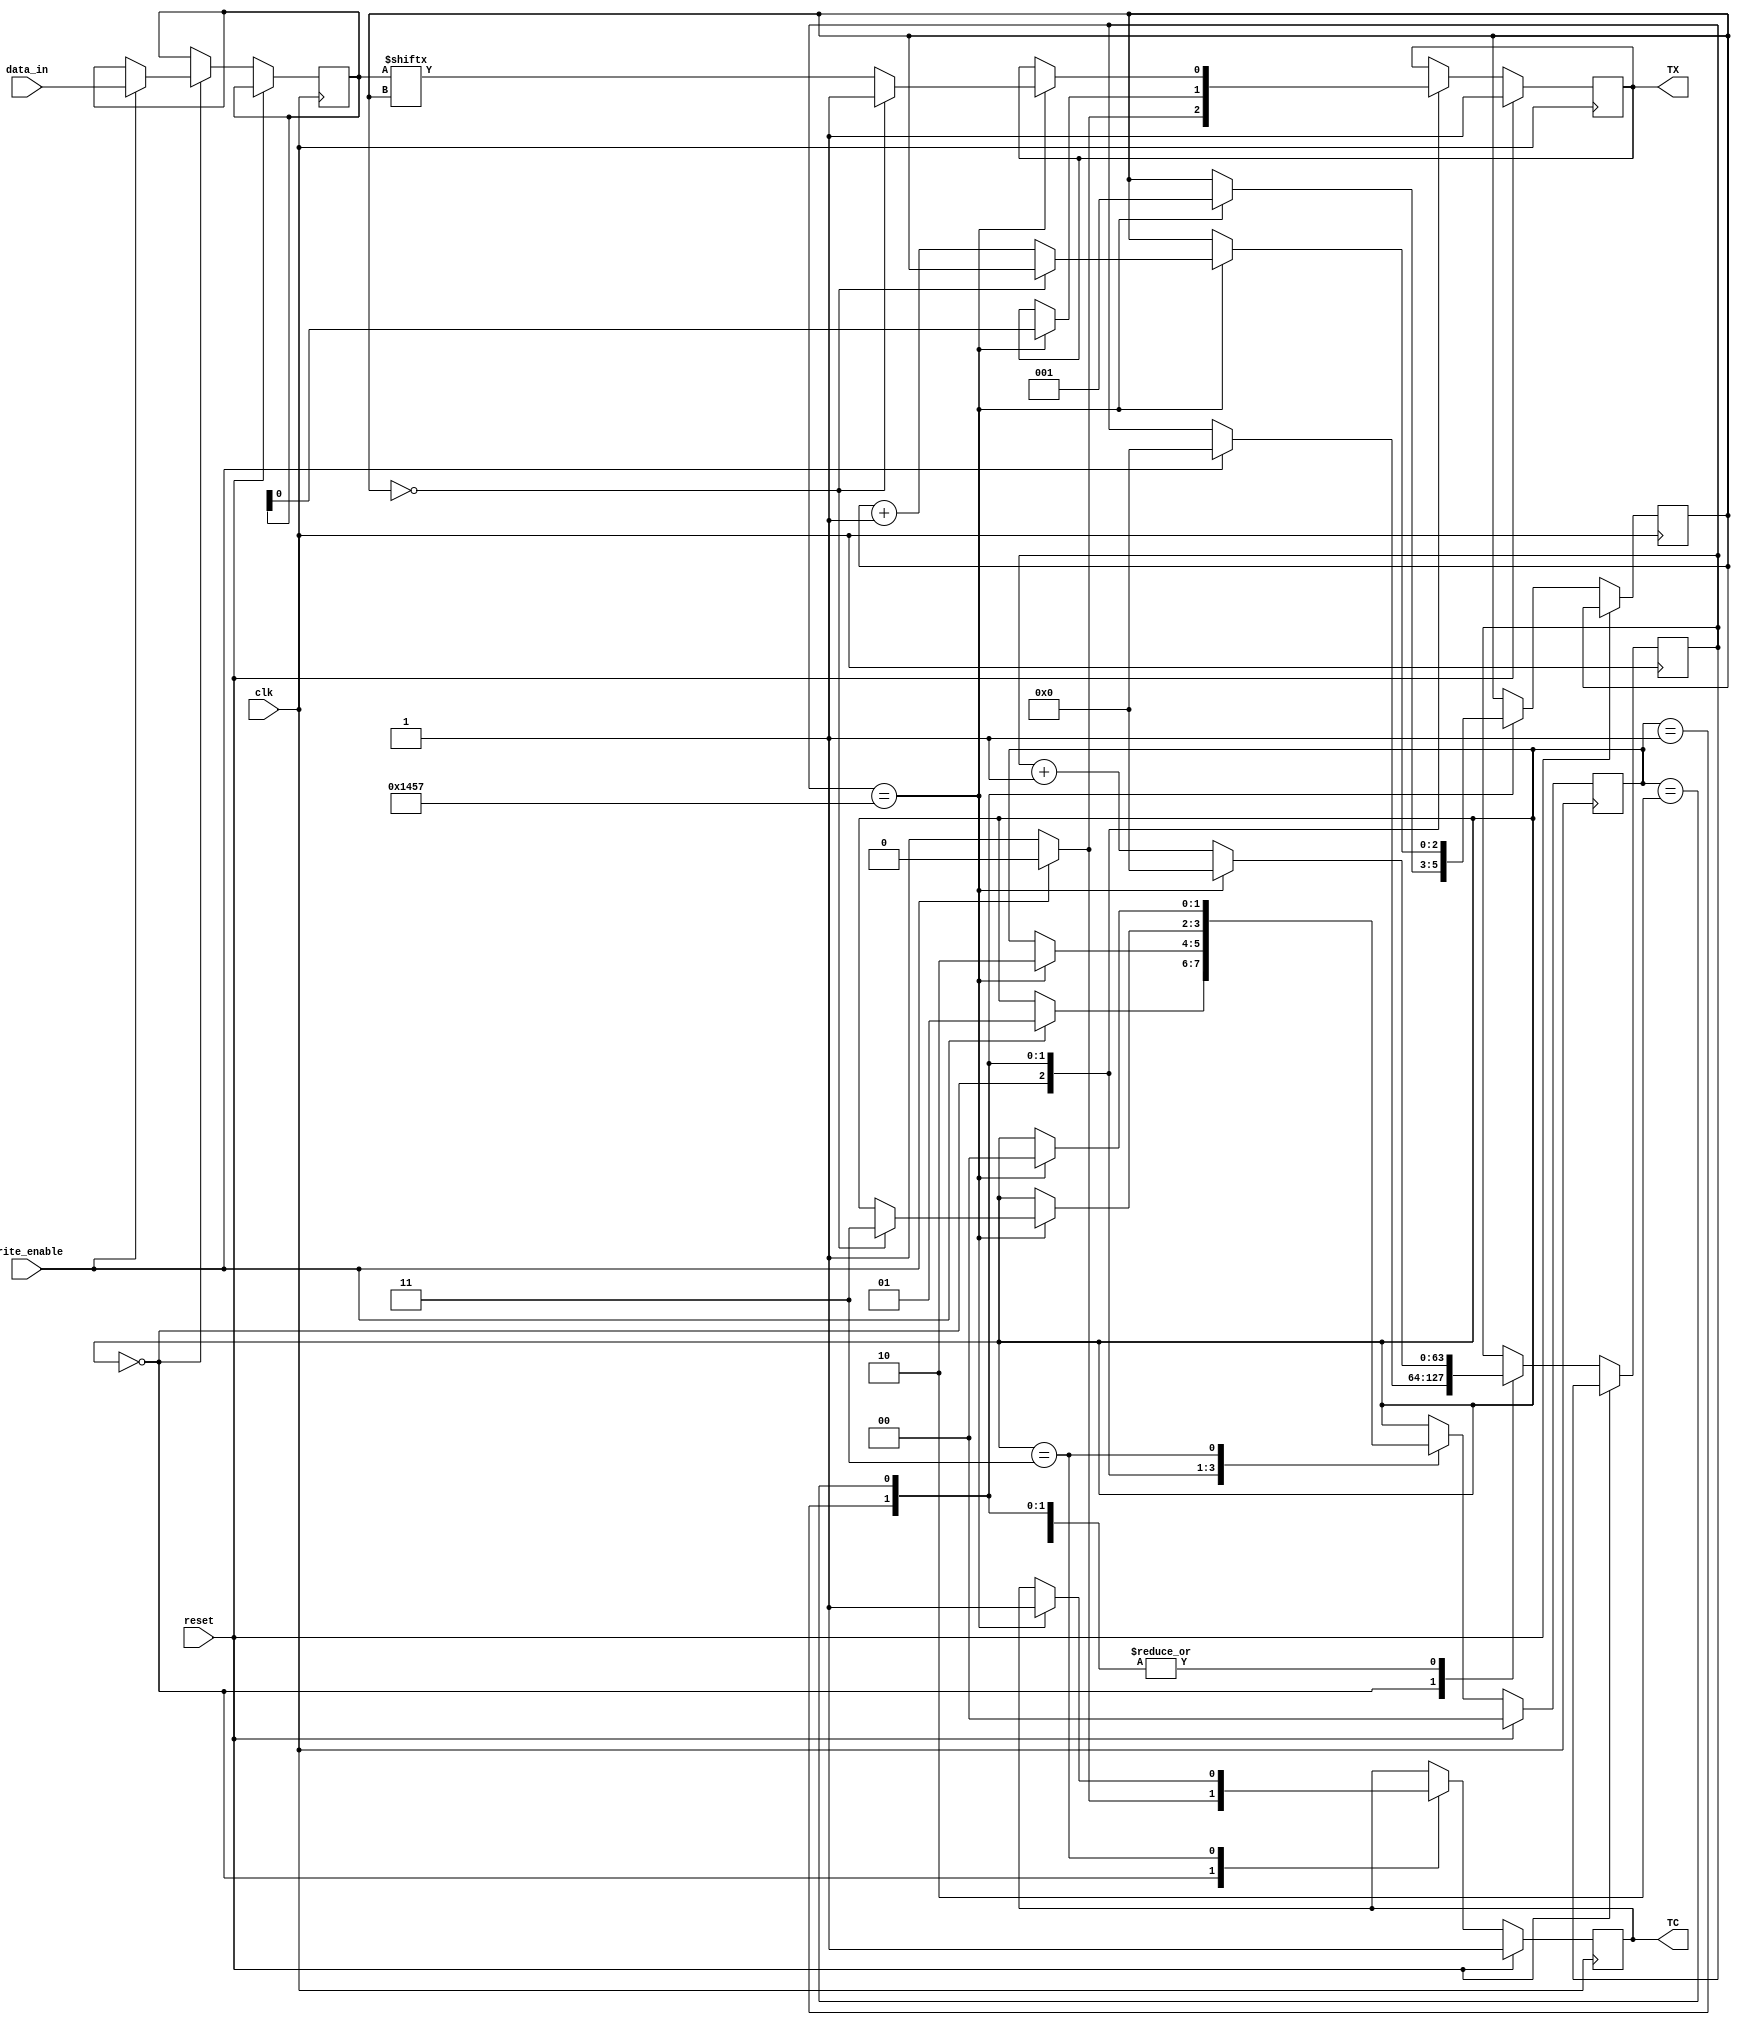

module uart_tx(
	 input reset,				// to reset the UART tx controller
	 input clk,					// 50MHz clock
    input [7:0] data_in,	// set data_in and set write_enable to 1
    input write_enable,		// to transfer the data to tx_buffer, to send it
    output reg TC,			// TC = 1, is used to indicate that the transfer of the last tx_buff is complete and a new byte can be sent
    output reg TX				// connect this pin to the RX of another module
    );
	 
	// to store UART tx state
	reg [1:0] state;
	reg [7:0] tx_buff;	// buffer to store UART data byte, that we would send
	reg [2:0] bit_addr;	// the bit address, that we are currently sending
	reg [63:0] count;		// to count clock pulses, to measure time, for providing precise baud rate
	
	parameter clk_frequency  = 50000000;
	parameter baud_rate      = 9600;
	parameter full_bit_count = (clk_frequency/baud_rate) - 1;
	parameter half_bit_count = ((clk_frequency/baud_rate)/2) - 1;
	
	// the UART TX can be in any one of the followingg state
	parameter IDLE = 2'b00;
	parameter START = 2'b01;
	parameter BIT_WR = 2'b10;
	parameter STOP = 2'b11;
	
	always@(posedge clk) begin
		// if reset
		if(reset) begin
			state <= IDLE;
			TX <= 1;
			TC <= 1;
		end
		else begin
			case(state)
				IDLE :									// IDLE -> START, if write_enable is called
					begin
						if(write_enable) begin
							tx_buff <= data_in;
							TX <= 0;
							TC <= 0;
							count <= 0;
							state <= START;
						end
						else begin
							TX <= 1;
							TC <= 1;
						end
					end
				
				START :									// START -> BIT_WR after sending start bit
					begin
						if(count == full_bit_count) begin
							count <= 0;
							TX <= tx_buff[0];
							bit_addr <= 1;
							state <= BIT_WR;
						end
						else
							count <= count + 1;
					end
				
				BIT_WR :									// BIT_WR -> STOP after completing to send all 8 data bytes
					begin
						if(count == full_bit_count) begin
							count <= 0;
							if(bit_addr == 0) begin
								state <= STOP;
								TX <= 1'b1;
							end
							else begin
								TX <= tx_buff[bit_addr];
								bit_addr <= bit_addr + 1;
							end
						end
						else
							count <= count + 1;
					end
				
				STOP :									// STOP -> IDLE 
					begin
						if(count == full_bit_count) begin
							count <= 0;
							state <= IDLE;
							TC <= 1'b1;
						end
						else
							count <= count + 1;
					end
			endcase
		end
	end

endmodule